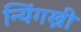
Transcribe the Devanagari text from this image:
न्यिंगख्री